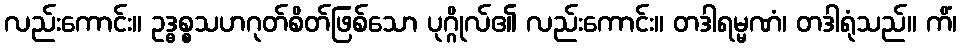
လည်းကောင်း။ ဥဒ္ဓစ္စသဟဂုတ်စိတ်ဖြစ်သော ပုဂ္ဂိုလ်၏ လည်းကောင်း။ တဒါရမ္မဏံ၊ တဒါရုံသည်။ ကိံ၊